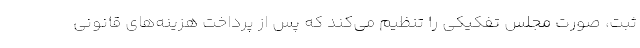
ثبت، صورت مجلس تفکیکی را تنظیم می‌کند که پس از پرداخت هزینه‌های قانونی